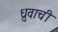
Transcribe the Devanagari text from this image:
ध्रुवाची